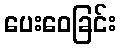
ပေးဝေခြင်း